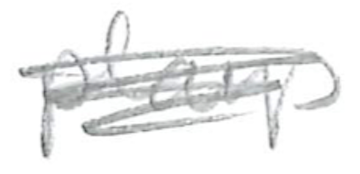
Text: plays
Cross-out: scratch
Writing tool: pencil